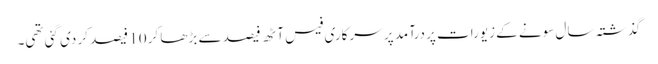
گذشتہ سال سونے کے زیورات پر درآمد پر سرکاری فیس آٹھ فیصد سے بڑھا کر 10 فیصد کر دی گئی تھی۔